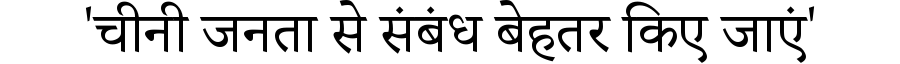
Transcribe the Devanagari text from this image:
'चीनी जनता से संबंध बेहतर किए जाएं'